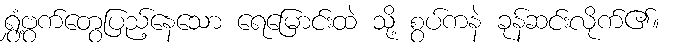
ရွှံ့ဗွက်တွေပြည့်နေသော ရေမြောင်းထဲ သို့ စွပ်ကနဲ ခုန်ဆင်းလိုက်၏။